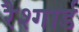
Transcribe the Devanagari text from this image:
रैश्गार्ड